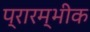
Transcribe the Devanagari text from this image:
प्रारम्भीक